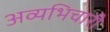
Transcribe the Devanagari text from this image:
अव्यभिचारी